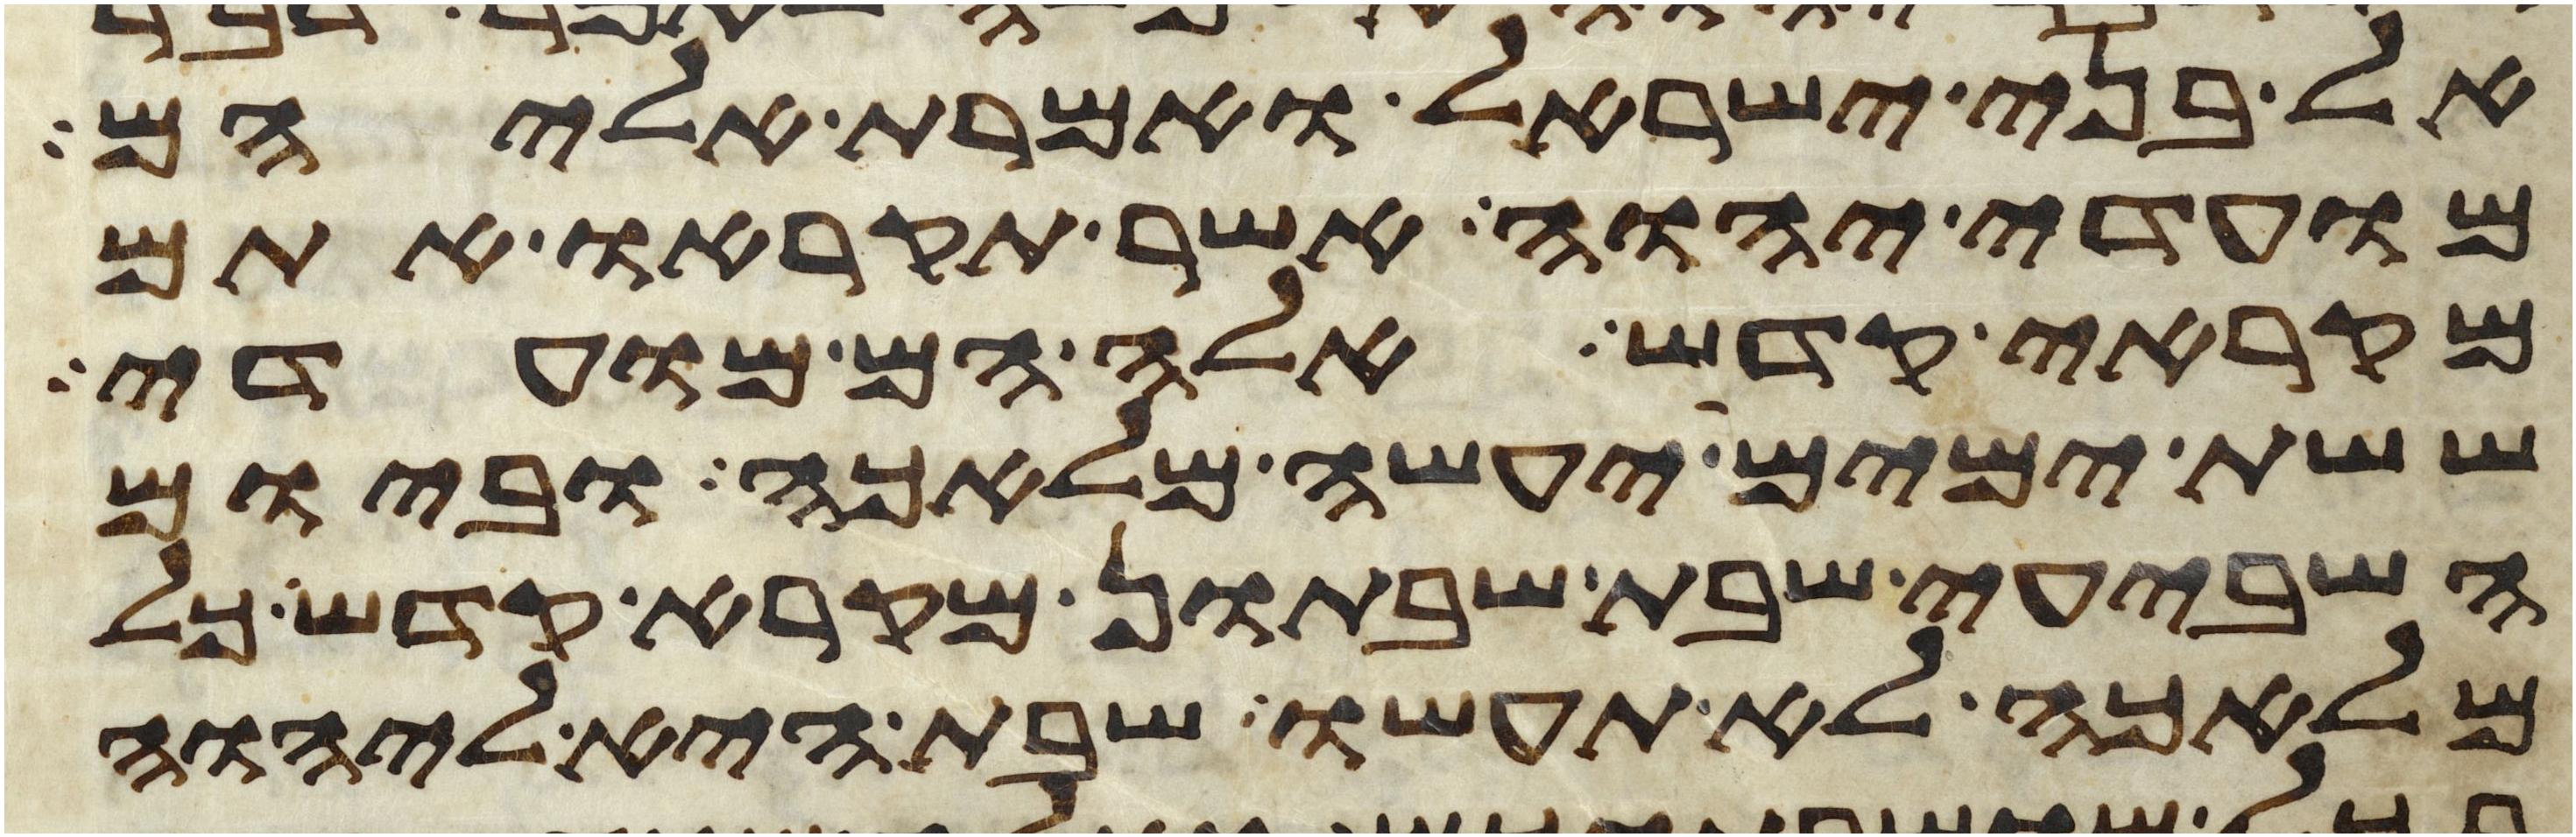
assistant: אל בני ישראל ואמרת אליהם
מועדי יהוה אשר תקראו אתם
מקראי קדש אלה הם מועדי
ששת ימים יעשה מלאכה וביום
השביעי שבת שבתון מקרא קדש כל
מלאכה לא תעשו שבת היא ליהוה